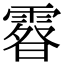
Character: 𩄉